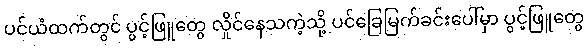
ပင်ယံထက်တွင် ပွင့်ဖြူတွေ လှိုင်နေသကဲ့သို့ ပင်ခြေမြက်ခင်းပေါ်မှာ ပွင့်ဖြူတွေ